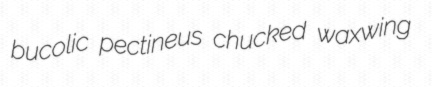
bucolic pectineus chucked waxwing